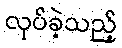
လုပ်ခဲ့သည့်